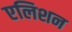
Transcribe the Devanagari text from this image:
एलिशन